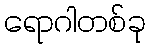
ရောဂါတစ်ခု